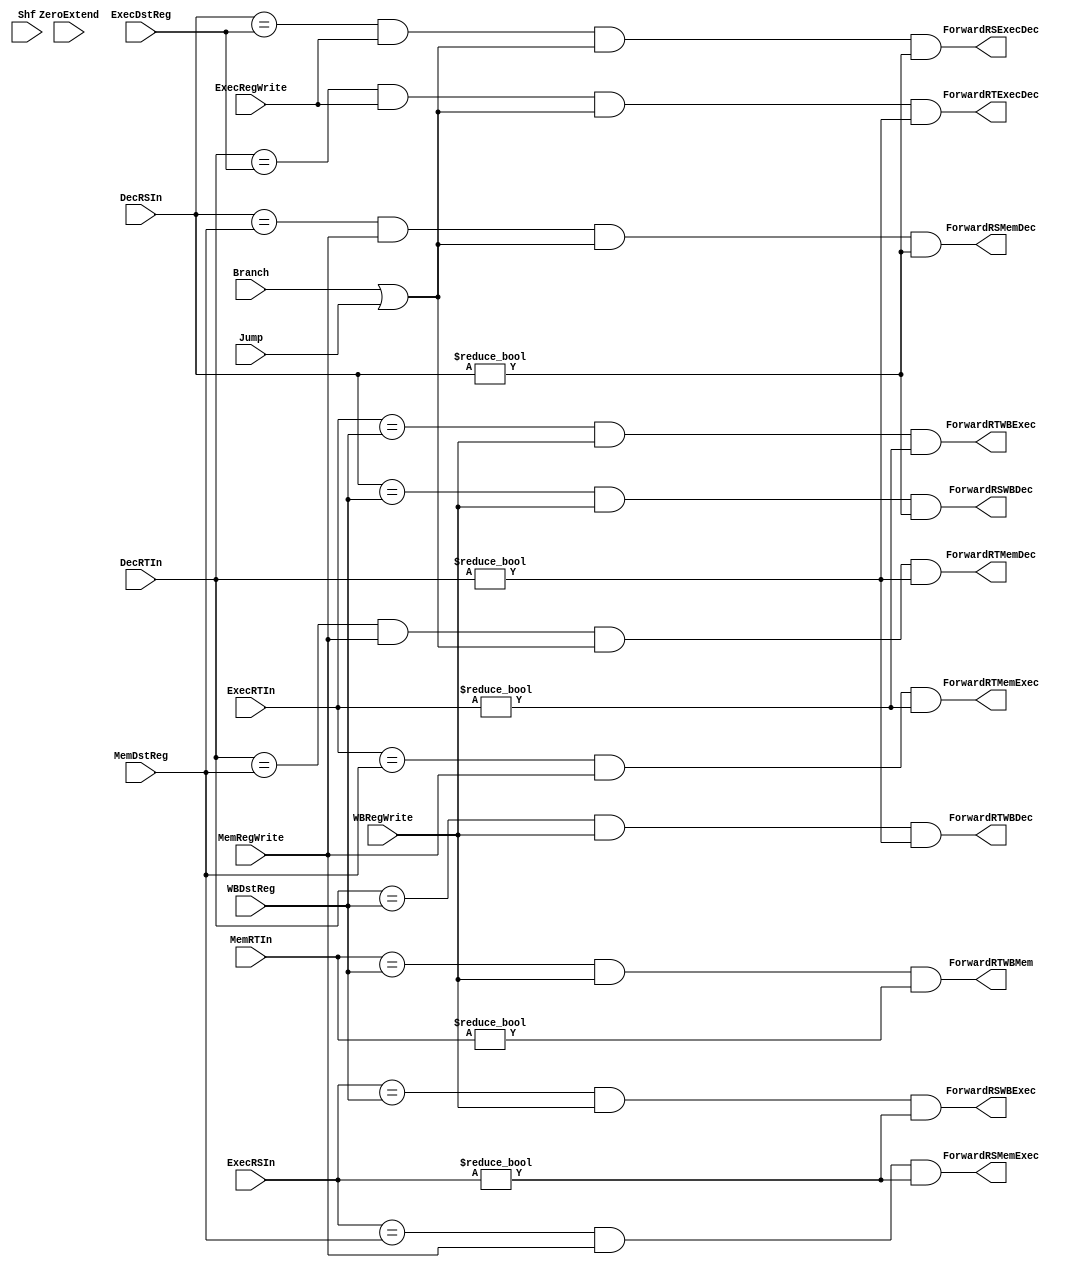
`timescale 1ns / 1ps
//////////////////////////////////////////////////////////////////////////////////
// Company: 
// Engineer: 
// 
// Design Name: 
// Module Name: ForwardingController
// Project Name: 
// Target Devices: 
// Tool Versions: 
// Description: 
// 
// Dependencies: 
// 
// Revision:
// Revision 0.01 - File Created
// Additional Comments:
// 
//////////////////////////////////////////////////////////////////////////////////


module ForwardingController(DecRSIn, DecRTIn, ExecRSIn, ExecRTIn, MemRTIn, 
                            ExecDstReg, MemDstReg, WBDstReg, ExecRegWrite, MemRegWrite, WBRegWrite,
                            Branch, Jump, Shf, ZeroExtend,
                            ForwardRSExecDec, ForwardRTExecDec,
                            ForwardRSMemDec, ForwardRTMemDec, 
                            ForwardRSWBDec, ForwardRTWBDec,
                            ForwardRSMemExec, ForwardRTMemExec, 
                            ForwardRSWBExec, ForwardRTWBExec,
                            ForwardRTWBMem);
    input [4:0] DecRSIn, DecRTIn, ExecRSIn, ExecRTIn, ExecDstReg, MemRTIn, MemDstReg, WBDstReg;
    input MemRegWrite, WBRegWrite, Branch, Jump, Shf, ZeroExtend, ExecRegWrite;
    output ForwardRSMemDec,  ForwardRTMemDec,  ForwardRSWBDec,  ForwardRTWBDec;
    output ForwardRSMemExec, ForwardRTMemExec, ForwardRSWBExec, ForwardRTWBExec;
    output ForwardRTWBMem, ForwardRSExecDec, ForwardRTExecDec;
    
    assign ForwardRSMemExec = (ExecRSIn == MemDstReg && MemRegWrite && ExecRSIn != 0);
    assign ForwardRTMemExec = (ExecRTIn == MemDstReg && MemRegWrite && ExecRTIn != 0);
    assign ForwardRSWBExec  = (ExecRSIn == WBDstReg && WBRegWrite && ExecRSIn != 0);
    assign ForwardRTWBExec  = (ExecRTIn == WBDstReg && WBRegWrite && ExecRTIn != 0);
    
    assign ForwardRSExecDec = (DecRSIn == ExecDstReg && ExecRegWrite && (Branch || Jump) && DecRSIn != 0);
    assign ForwardRTExecDec = (DecRTIn == ExecDstReg && ExecRegWrite && (Branch || Jump) && DecRTIn != 0);
    assign ForwardRSMemDec  = (DecRSIn == MemDstReg && MemRegWrite && (Branch || Jump) && DecRSIn != 0);
    assign ForwardRTMemDec  = (DecRTIn == MemDstReg && MemRegWrite && (Branch || Jump) && DecRTIn != 0);
    assign ForwardRSWBDec   = (DecRSIn == WBDstReg && WBRegWrite && DecRSIn != 0);
    assign ForwardRTWBDec   = (DecRTIn == WBDstReg && WBRegWrite && DecRTIn != 0);
    
    assign ForwardRTWBMem   = (MemRTIn == WBDstReg && WBRegWrite && MemRTIn != 0);
endmodule